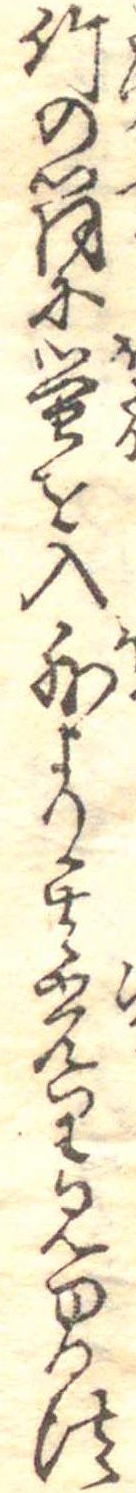
竹の筒に蛍を入外より其光り見ゆる法